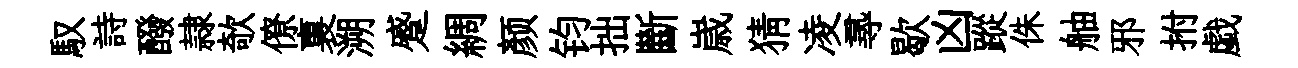
馭詩醱隷欹僚裏溯蹙綢颜钧拙斷𡻕猜凌𡬶歇凶蹤侏舳邪拊戯